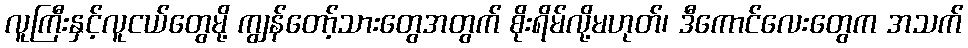
လူကြီးနှင့်လူငယ်တွေမို့ ကျွန်တော့်သားတွေအတွက် စိုးရိမ်လို့မဟုတ်၊ ဒီကောင်လေးတွေက အသက်